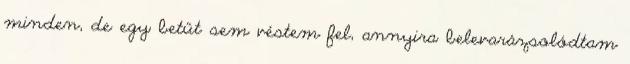
minden, de egy betűt sem véstem fel, annyira belevarázsolódtam